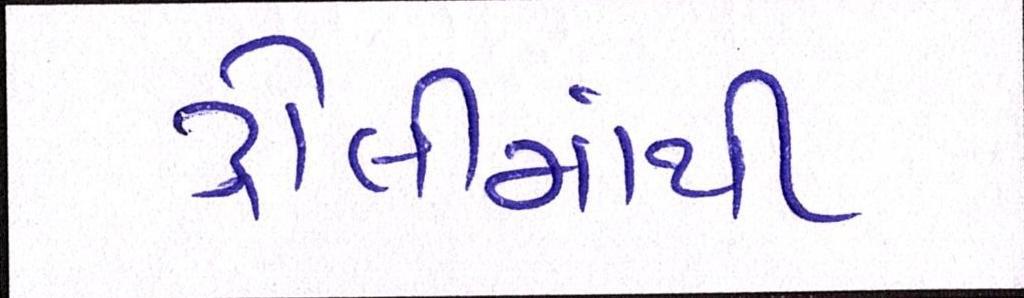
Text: ટ્રોલીમાંથી